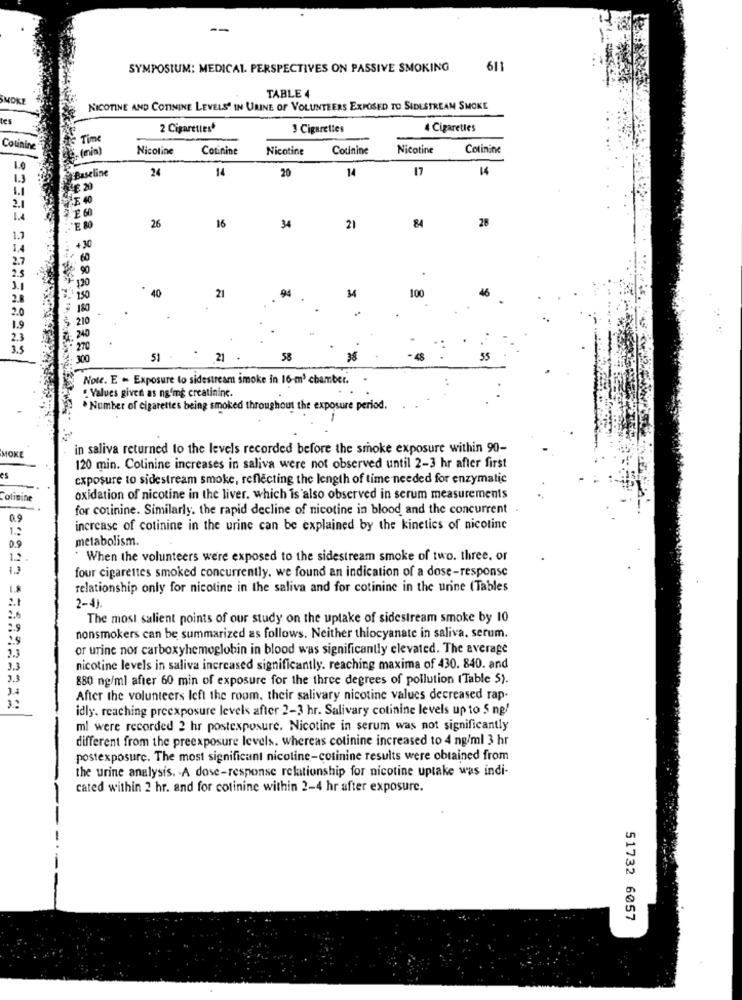
SYMPOSIUM: MEDICAL PERSPECTIVES ON PASSIVE SMOKING
611
SMOKE
TABLE 4
NICOTINE AND COTININE LEVELS IN URINE OF VOLUNTEERS EXPOSED TO SIDESTREAM SMOKE
tes
2 Cigarettes*
3 Cigarettes
Cigarettes
Time
Cotinine
(mia)
Nicotine
Cotinine
Nicotine
Cotinine
Nicotine
Cotinine
Baseline
24
14
20
14
17
14
1.3
2.1
E 40
1.4
2 60
26
16
28
34
21
84
1.7
+30
1.4
2.7
60
90
25
120
1.1
40
94
100
46
28
150
21
2.0
1.9
3.5
51
21
58
38
48
Note. E - Exposure to sidestream smoke in 16-m3 chamber.
. Values given as ng'mg creatinine.
. Number of cigarettes being smoked throughout the exposure period.
-
in saliva returned to the levels recorded before the smoke exposure within 90-
MOKE
120 min. Colinine increases in saliva were not observed until 2-3 hr after first
es
exposure to sidestream smoke, reflecting the length of time needed for enzymatic
Colinine
oxidation of nicotine in the liver. which is also observed in serum measurements
for cotinine. Similarly. the rapid decline of nicotine in blood and the concurrent .
1 .:
increase of cotinine in the urine can be explained by the kinetics of nicotine
metabolism.
0.9
1.2
"When the volunteers were exposed to the sidestream smoke of two. three. or
four cigarettes smoked concurrently. we found an indication of a dose-response
15
relationship only for nicotine in the saliva and for cotinine in the urine (Tables
2-4).
The most salient points of our study on the uptake of sidestream smoke by 10
2.9
nonsmokers can be summarized as follows. Neither thiocyanate in saliva. serum.
1.1
or urine nor carboxyhemoglobin in blood was significantly elevated. The average
nicotine levels in saliva increased significantly. reaching maxima of 430. 840. and
3.3
880 ng/ml after 60 min of exposure for the three degrees of pollution (Table 5).
After the volunteers left the room, their salivary nicotine values decreased rap-
idly. reaching preexposure levels after 2-3 hr. Salivary cotinine levels up to 5 ng/
ml were recorded 2 hr postexposure. Nicotine in serum was not significantly
different from the preexposure levels. whereas cotinine increased to 4 ng/ml 3 hr
postexposure. The most significant nicotine-cotinine results were obtained from
the urine analysis. A dose-response relationship for nicotine uptake was indi-
cated within 2 hr. and for cotinine within 2-4 hr after exposure.
-
51732 6057